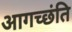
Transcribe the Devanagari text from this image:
आगच्छंति